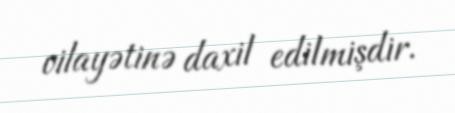
vilayətinə daxil edilmişdir.